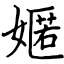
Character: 嫟